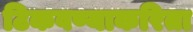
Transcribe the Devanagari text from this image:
टिकवण्याकरिता